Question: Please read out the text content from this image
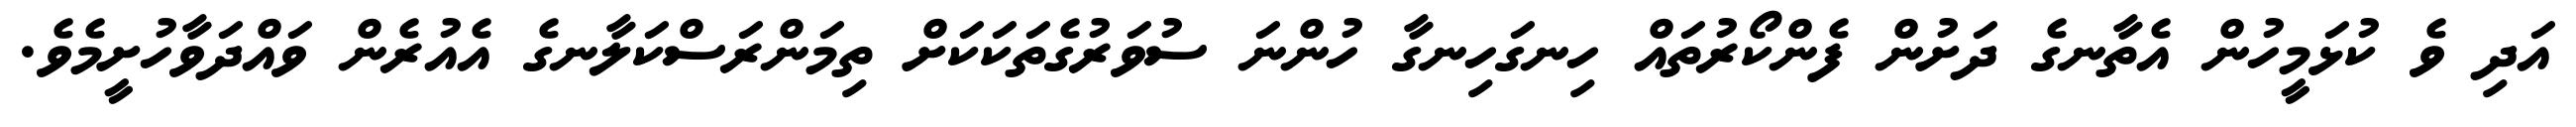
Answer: އަދި ވެ ކުޅަމީހުން އެތާނގެ ދަށުން ފެންކޯރުތައް ހިނގަހިނގާ ހުންނަ ސުވަރުގެތަކަކަށް ތިމަންރަސްކަލާނގެ އެއުރެން ވައްދަވާހުށީމެވެ.